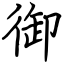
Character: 御